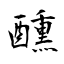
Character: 醺